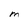
Character: M